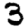
Digit: 3